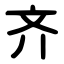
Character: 齐